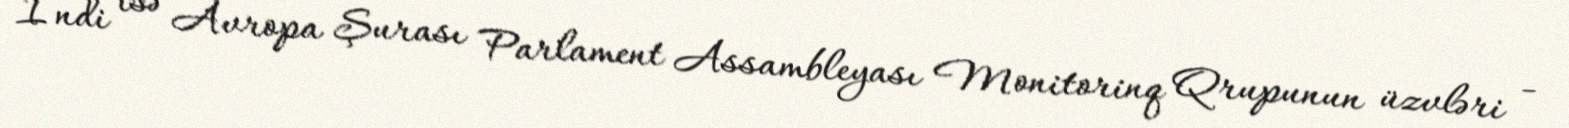
İndi isə Avropa Şurası Parlament Assambleyası Monitorinq Qrupunun üzvləri -